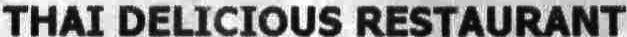
THAI DELICIOUS RESTAURANT